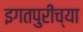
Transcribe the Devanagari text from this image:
इगतपुरीच्या